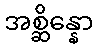
အစ္ဆိန္နော